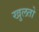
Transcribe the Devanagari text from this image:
खुलतो